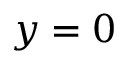
y = 0